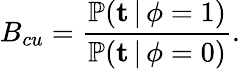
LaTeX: B_{cu}=\frac{\mathbb{P}(\textbf{t}\, |\, \phi=1)}{\mathbb{P}(\textbf{t}\, |\, \phi=0)}.